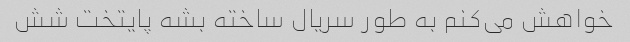
خواهش می‌کنم به طور سریال ساخته بشه پایتخت شش